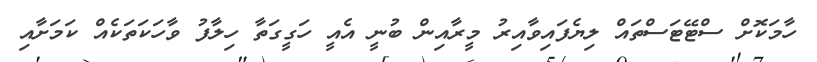
ހާމަކޮށް ސްޓޭޓަސްތައް ލިޔެފައިވާއިރު މީރާއިން ބުނީ އެއީ ހަގީގަތާ ހިލާފު ވާހަކަތަކެއް ކަމަށާއި